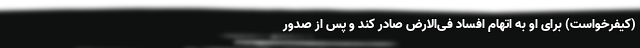
(کیفرخواست) برای او به اتهام افساد فی‌الارض صادر کند و پس از صدور